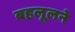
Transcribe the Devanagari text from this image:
बहलूलने